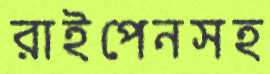
রাইপেনসহ